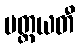
ပတ္ထယတီ